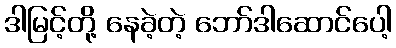
ဒါမြင့်တို့ နေခဲ့တဲ့ ဘော်ဒါဆောင်ပေါ့